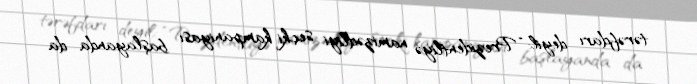
tərəfdarı deyil: “Prezidentliyə namizədliyi seçki kampaniyası başlayanda da